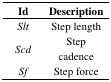
| Id | Description |
 | --- | --- |
 | Slt | Step length |
 | Scd | Step cadence |
 | Sf | Step force |